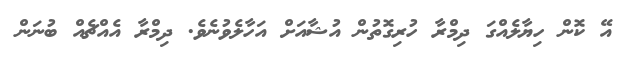
އޭ ކޮން ހިޔާލެއްގަ ދިމްރާ ހުރިގޮތުން އުޝާއަށް އަހާލެވުނެވެ. ދިމްރާ އެއްޗެއް ބުނަން